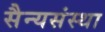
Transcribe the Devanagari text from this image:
सैन्यसंस्था